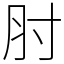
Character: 肘